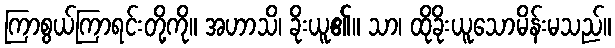
ကြာစွယ်ကြာရင်းတို့ကို။ အဟာသိ၊ ခိုးယူ၏။ သာ၊ ထိုခိုးယူသောမိန်းမသည်။